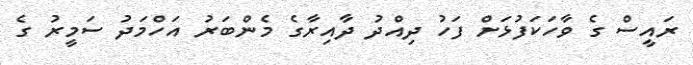
ރައީސް ގެ ވާހަކަފުޅަށް ފަހު ދިއްދު ދާއިރާގެ މެންބަރު އަހްމަދު ސަމީރު ގެ